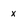
Character: x